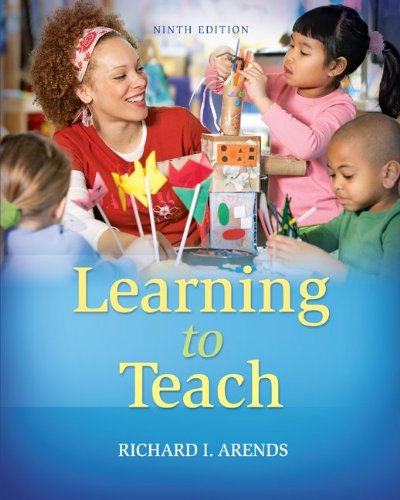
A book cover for Learning to Teach, 9th Edition; Richard Arends; Education & Teaching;